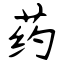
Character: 药